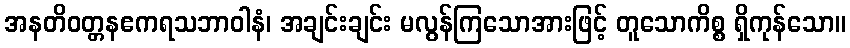
အနတိဝတ္တနဧကရသဘာဝါနံ၊ အချင်းချင်း မလွန်ကြသောအားဖြင့် တူသောကိစ္စ ရှိကုန်သော။